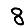
Digit: 8